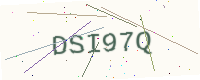
Text: DSI97Q